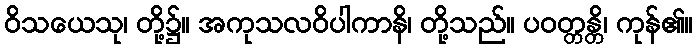
ဝိသယေသု၊ တို့၌။ အကုသလဝိပါကာနိ၊ တို့သည်။ ပဝတ္တန္တိ၊ ကုန်၏။